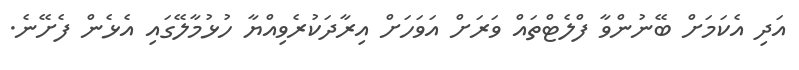
އަދި އެކަމަށް ބޭނުންވާ ފްލެޓްތައް ވަރަށް އަވަހަށް އިރާދަކުރެވިއްޔާ ހުޅުމާލޭގައި އެޅެން ފެށޭނެ.